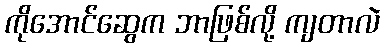
ကိုအောင်ဆွေက ဘာဖြစ်လို့ ကျတာလဲ